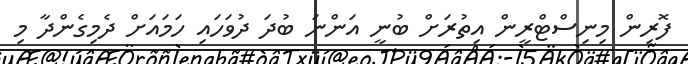
ފޮރިން މިނިސްޓްރީން އިތުރަށް ބުނީ އަންނަ ބުދަ ދުވަހައި ހަމައަށް ދެމިގެންދާ މި